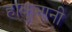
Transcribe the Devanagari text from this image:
हाकुनानी